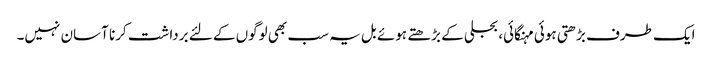
ایک طرف بڑھتی ہوئی مہنگائی، بجلی کے بڑھتے ہوئے بل یہ سب بھی لوگوں کے لئے برداشت کرنا آسان نہیں۔